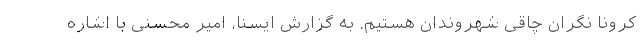
کرونا نگران چاقی شهروندان هستیم. به گزارش ایسنا، امیر محسنی با اشاره